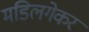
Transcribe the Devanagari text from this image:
मडिलगेकर